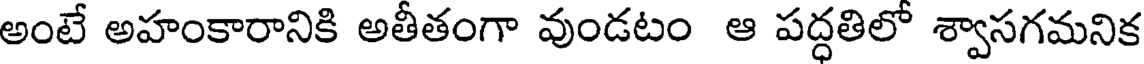
అంటే అహంకారానికి అతీతంగా వుండటం ఆ పద్ధతిలో శ్వాసగమనిక